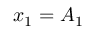
x _ { 1 } = A _ { 1 }